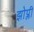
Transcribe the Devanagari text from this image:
झोप्ली